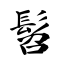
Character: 髫